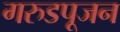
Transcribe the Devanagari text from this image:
गरुडपूजन